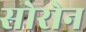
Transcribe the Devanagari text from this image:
सोरोन